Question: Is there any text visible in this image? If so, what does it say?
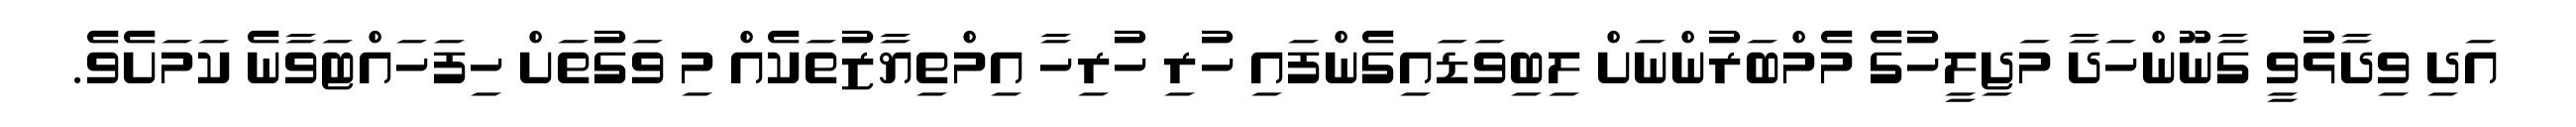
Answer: އަދި ވިދާޅުވީ ގާނޫންހަދާ މަޖިލީހުގެ މެމްބަރުންނަށް ލިބިވަޑައިގެންފައި ހުރި ހުރިހާ އިމްތިޔާޒުތަކެއް މި ވަގުތަށް ހިފަހައްޓަވާނެ ކަމަށެވެ.